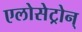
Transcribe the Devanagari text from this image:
एलोसेट्रोन्